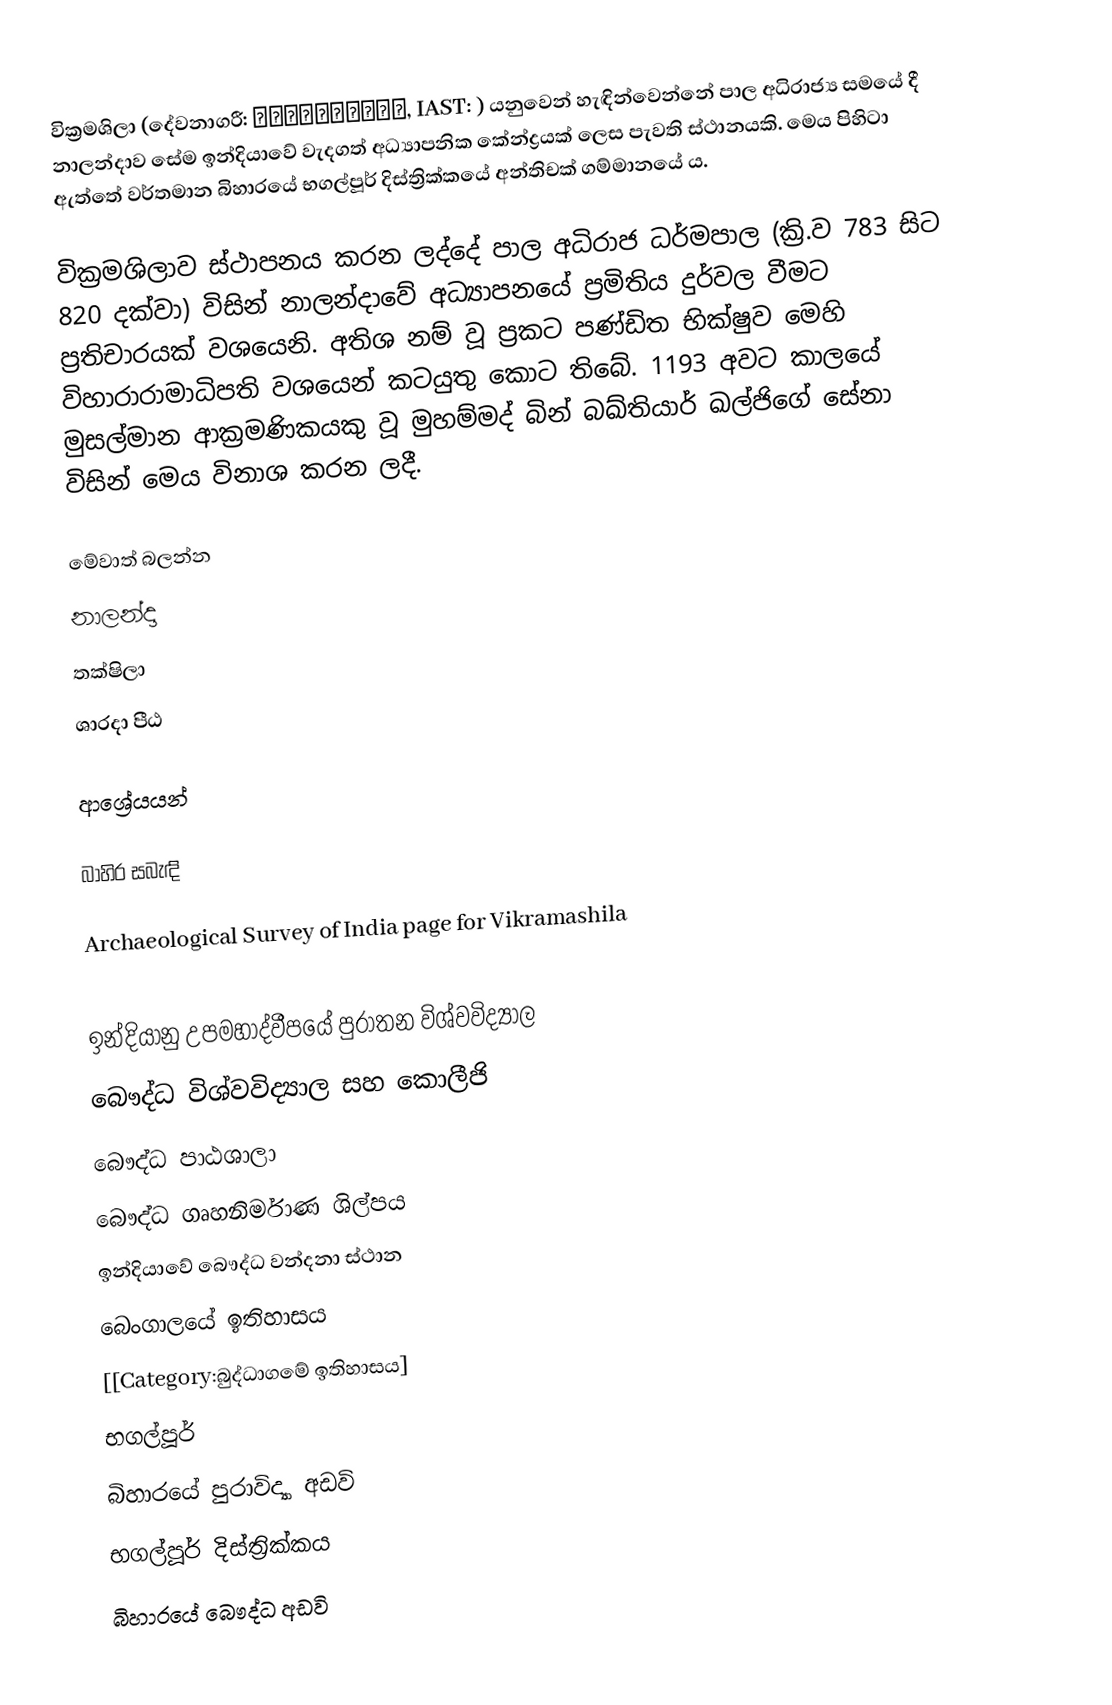
වික්‍රමශිලා (දේවනාගරී: विक्रमशिला, IAST: ) යනුවෙන් හැඳින්වෙන්නේ පාල අධිරාජ්‍ය සමයේ දී නාලන්දාව සේම ඉන්දියාවේ වැදගත් අධ්‍යාපනික කේන්ද්‍රයක් ලෙස පැවති ස්ථානයකි. මෙය පිහිටා ඇත්තේ වර්තමාන බිහාරයේ භගල්පූර් දිස්ත්‍රික්කයේ අන්තිචක් ගම්මානයේ ය.

වික්‍රමශිලාව ස්ථාපනය කරන ලද්දේ පාල අධිරාජ ධර්මපාල (ක්‍රි.ව 783 සිට 820 දක්වා) විසින් නාලන්දාවේ අධ්‍යාපනයේ ප්‍රමිතිය දුර්වල වීමට ප්‍රතිචාරයක් වශයෙනි. අතිශ නම් වූ ප්‍රකට පණ්ඩිත භික්ෂුව මෙහි විහාරාරාමාධිපති වශයෙන් කටයුතු කොට තිබේ. 1193 අවට කාලයේ මුසල්මාන ආක්‍රමණිකයකු වූ මුහම්මද් බින් බඛ්තියාර් ඛල්ජිගේ සේනා විසින් මෙය විනාශ කරන ලදී.

මේවාත් බලන්න
 නාලන්දා
 තක්ෂිලා
 ශාරදා පීඨ

ආශ්‍රේයයන්

බාහිර සබැඳි

 Archaeological Survey of India page for Vikramashila

ඉන්දියානු උපමහාද්වීපයේ පුරාතන විශ්වවිද්‍යාල
බෞද්ධ විශ්වවිද්‍යාල සහ කොලීජි
බෞද්ධ පාඨශාලා
බෞද්ධ ගෘහනිර්මාණ ශිල්පය
ඉන්දියාවේ බෞද්ධ වන්දනා ස්ථාන
බෙංගාලයේ ඉතිහාසය
[[Category:බුද්ධාගමේ ඉතිහාසය]
භගල්පූර්
බිහාරයේ පුරාවිද්‍යා අඩවි
භගල්පූර් දිස්ත්‍රික්කය
බිහාරයේ බෞද්ධ අඩවි